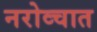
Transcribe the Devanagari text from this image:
नरोव्चात